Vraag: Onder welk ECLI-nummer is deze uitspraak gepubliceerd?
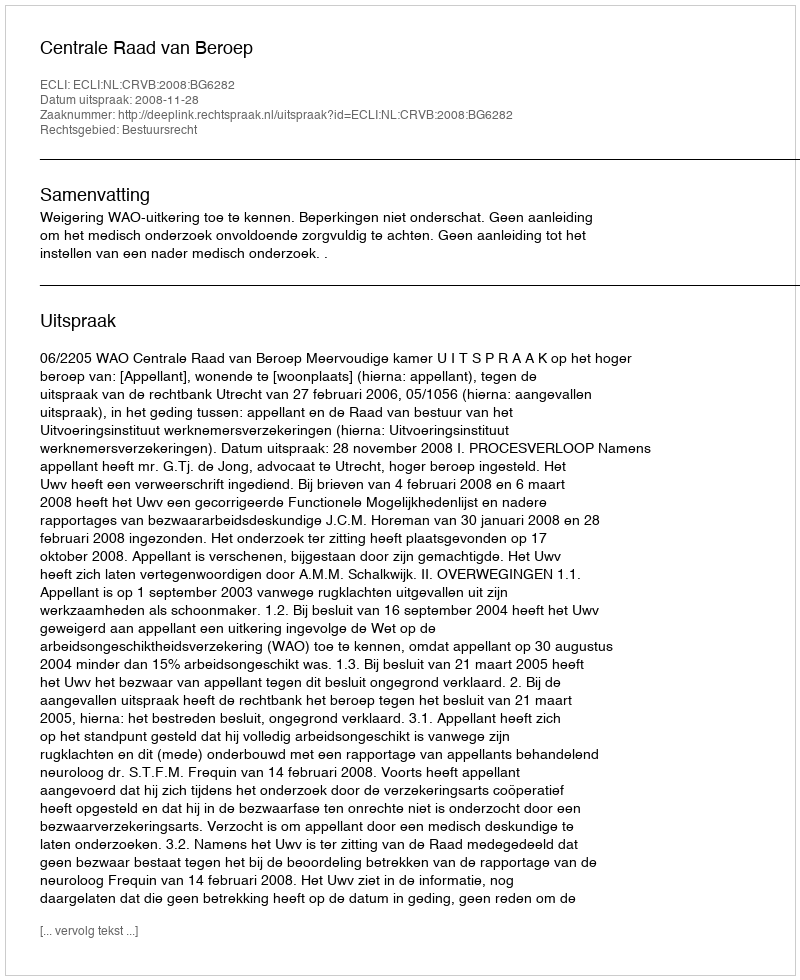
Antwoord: ECLI:NL:CRVB:2008:BG6282